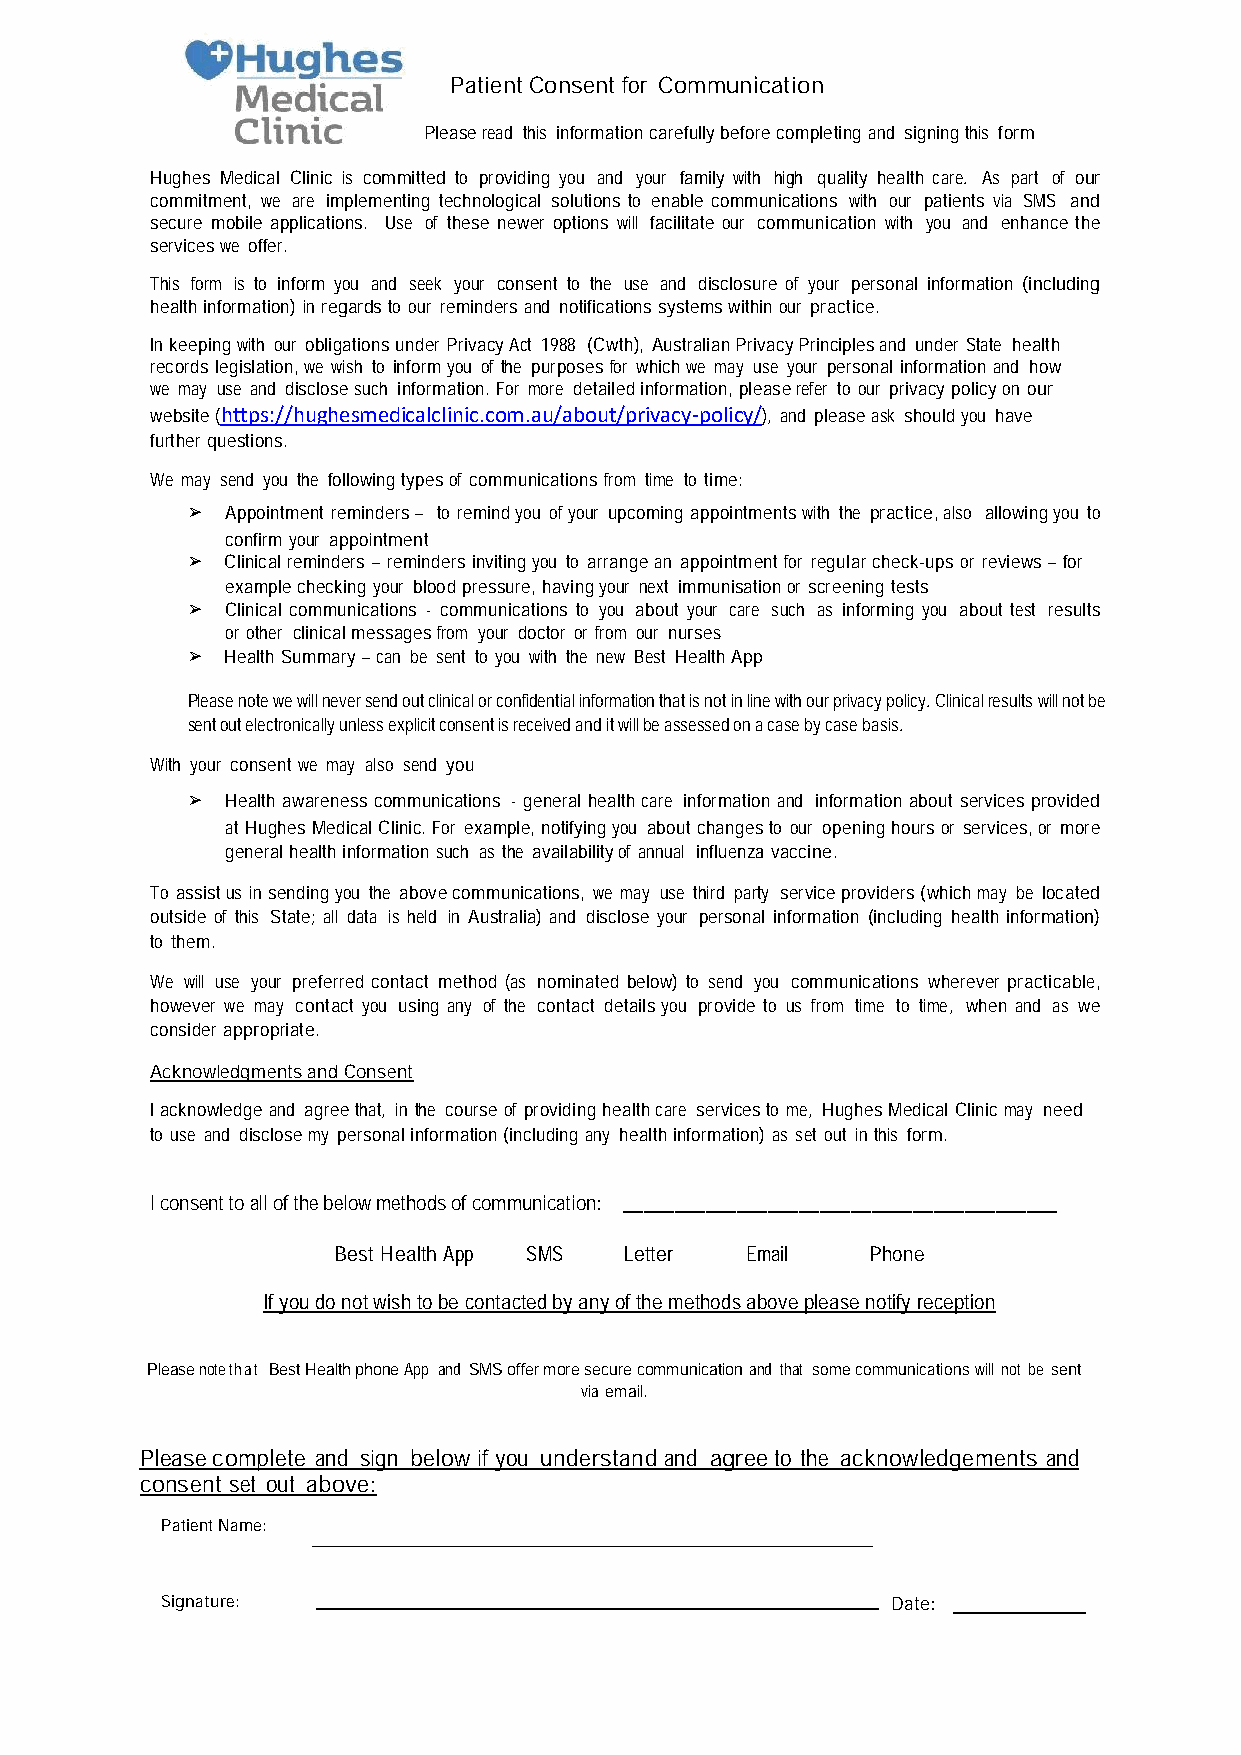
Patient Consent for Communication
 Pleaseread this informationcarefullybeforecompleting and signingthis form
 Hughes Medical Clinic is committed to providing you and your family with high quality health care. As part of our
 commitment, we are implementing technological solutions to enable communications with our patients via SMS and
 secure mobile applications. Use of these newer options will facilitate our communication with you and enhance the
 serviceswe offer.
 This form is to inform you and seek your consent to the use and disclosure of your personal information (including
 healthinformation) in regardsto our remindersand notifications systemswithinour practice.
 In keepingwith our obligationsunder PrivacyAct 1988 (Cwth), AustralianPrivacyPrinciplesand under State health
 records legislation,we wish to informyou of the purposesfor whichwe may use your personal information and how
 we may use and disclosesuch information.For more detailedinformation,pleaserefer to our privacy policyon our
 website(https://hughesmedicalclinic.com.au/about/privacy-policy/), and pleaseask shouldyou have
 furtherquestions.
 We may send you the followingtypesof communicationsfrom time to time:
 ➢  Appointment reminders– to remindyou ofyour upcoming appointmentswith the practice,also allowingyou to
 confirm your appointment
 ➢  Clinicalreminders –reminders invitingyou to arrangean appointmentfor regularcheck-ups or reviews– for
 examplechecking your bloodpressure, havingyour next immunisationor screeningtests
 ➢  Clinical communications - communications to you about your care such as informing you about test results
 or other clinicalmessagesfrom your doctor or from our nurses
 ➢  Health Summary –can be sent to you with the new Best HealthApp
 Please note we will never send out clinical or confidential information that is not in line with our privacy policy. Clinicalresults will not be
 sent out electronically unless explicit consent is received and it will be assessed on a case by case basis.
 With your consent we may also send you
 ➢  Health awareness communications - general healthcare information and informationabout services provided
 at HughesMedical Clinic.For example, notifyingyou aboutchangesto our openinghoursor services,or more
 generalhealthinformationsuch as the availabilityof annual influenzavaccine.
 To assistus in sendingyou the abovecommunications, we may use third party serviceproviders(whichmay be located
 outside of this State; all data is held in Australia) and disclose your personal information (including health information)
 to them.
 We will use your preferred contact method (as nominated below) to send you communications wherever practicable,
 however we may contact you using any of the contact detailsyou provide to us from time to time, when and as we
 considerappropriate.
 Acknowledgments and Consent
 Iacknowledgeand agreethat, in the courseof providinghealthcare servicesto me, HughesMedical Clinicmay need
 to use and disclosemy personalinformation(including any healthinformation) as set out in this form.
 I consent toall ofthe belowmethodsof communication: __________________________________________
 Best HealthApp SMS Letter  Email   Phone
 If you do not wish to be contacted by any of the methods above please notify reception
 Pleasenotethat BestHealthphoneApp and SMSoffermoresecurecommunication and that somecommunicationswill not be sent
 via email.
 Pleasecomplete and sign below if you understand and agreeto the acknowledgements and
 consent set out above:
 PatientName:
 Signature:                                      Date: